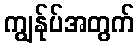
ကျွန်ုပ်အတွက်